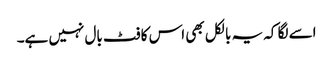
اسے لگا کہ یہ بالکل بھی اس کا فٹ بال نہیں ہے۔